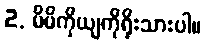
2. မိမိကိုယျကိုရိုးသားပါ။